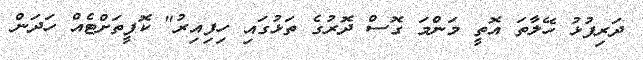
ދަރިފުޅު ހޭލާތަ އޮތީ މަންމަ ގޮސް ދޮރުގެ ތަޅުގައި ހިފިއިރު" ކޮފީތަށްޓެއް ހަދަން